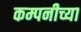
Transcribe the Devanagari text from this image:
कम्पनीच्या